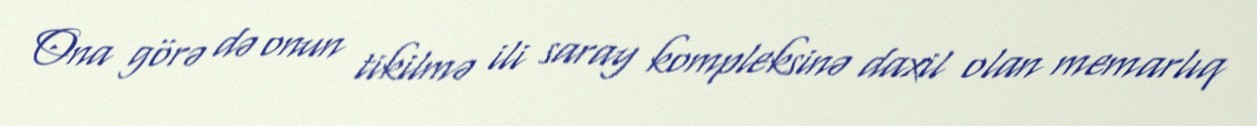
Ona görə də onun tikilmə ili saray kompleksinə daxil olan memarlıq